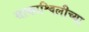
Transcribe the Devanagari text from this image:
साकाश्विलीच्या